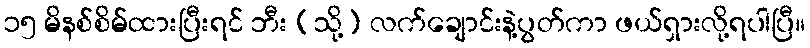
၁၅ မိနစ်စိမ်ထားပြီးရင် ဘီး (သို့) လက်ချောင်းနဲ့ပွတ်ကာ ဖယ်ရှားလို့ရပါပြီ။